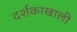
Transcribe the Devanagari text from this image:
दर्शकाखाली